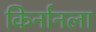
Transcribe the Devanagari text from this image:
किर्नानला